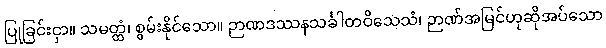
ပြုခြင်းငှာ။ သမတ္ထံ၊ စွမ်းနိုင်သော။ ဉာဏဒဿနသင်္ခါတဝိသေသံ၊ ဉာဏ်အမြင်ဟုဆိုအပ်သော